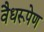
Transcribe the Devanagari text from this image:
वैधरूपेण